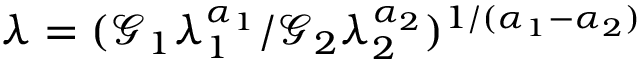
\lambda = ( \mathcal { G } _ { 1 } \lambda _ { 1 } ^ { \alpha _ { 1 } } / \mathcal { G } _ { 2 } \lambda _ { 2 } ^ { \alpha _ { 2 } } ) ^ { 1 / ( \alpha _ { 1 } - \alpha _ { 2 } ) }